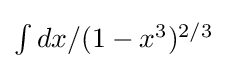
{\textstyle \int dx/(1-x^{3}){}^{2/3}}